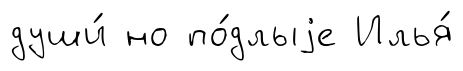
души́ но по́длыjе Илья́